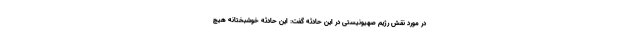
در مورد نقش رژیم صهیونیستی در این حادثه گفت: این حادثه خوشبختانه هیچ